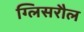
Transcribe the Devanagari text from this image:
ग्लिसरौल